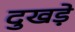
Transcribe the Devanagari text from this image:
दुखड़े